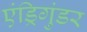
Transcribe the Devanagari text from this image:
एंड्रिगुंडर